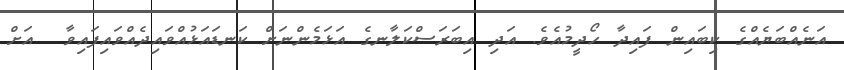
އަނެއްބަޔެއްގެ ކިބައިން ފައިދާ ހޯދީމުއެވެ. އަދި އިބަރަސްކަލާނގެ އަޅަމެންނަށް ކަނޑައަޅުއްވައިދެއްވައިފައިވާ  އަށް